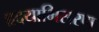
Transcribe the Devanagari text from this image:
हृदयाभिसरण